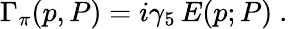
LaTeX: \Gamma_{\pi}(p,P)=i\gamma_{5}\, E(p;P)~.